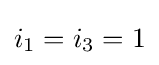
i_{1}=i_{3}=1